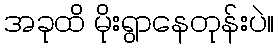
အခုထိ မိုးရွာနေတုန်းပဲ။